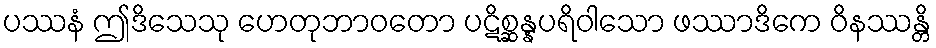
ပဿနံ ဤဒိသေသု ဟေတုဘာဝတော ပဋိစ္ဆန္နပရိဝါသော ဖဿာဒိကေ ဝိနဿန္တိ